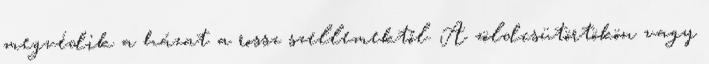
megvédik a házat a rossz szellemektől. A zöldcsütörtökön vagy